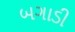
બગાડી